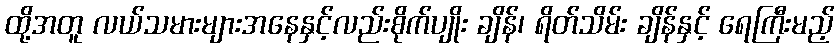
ထို့အတူ လယ်သမားများအနေနှင့်လည်းစိုက်ပျိုး ချိန်၊ ရိတ်သိမ်း ချိန်နှင့် ရေကြီးမည့်